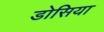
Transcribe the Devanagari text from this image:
डोसिया